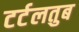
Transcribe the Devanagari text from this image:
टर्टलतुब